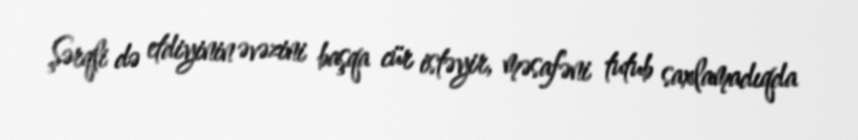
Şərqli də etdiyinin əvəzini başqa cür istəyir, məsafəni tutub saxlamadıqda